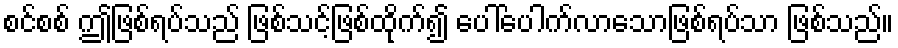
စင်စစ် ဤဖြစ်ရပ်သည် ဖြစ်သင့်ဖြစ်ထိုက်၍ ပေါ်ပေါက်လာသောဖြစ်ရပ်သာ ဖြစ်သည်။